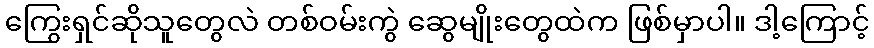
ကြွေးရှင်ဆိုသူတွေလဲ တစ်ဝမ်းကွဲ ဆွေမျိုးတွေထဲက ဖြစ်မှာပါ။ ဒါ့ကြောင့်